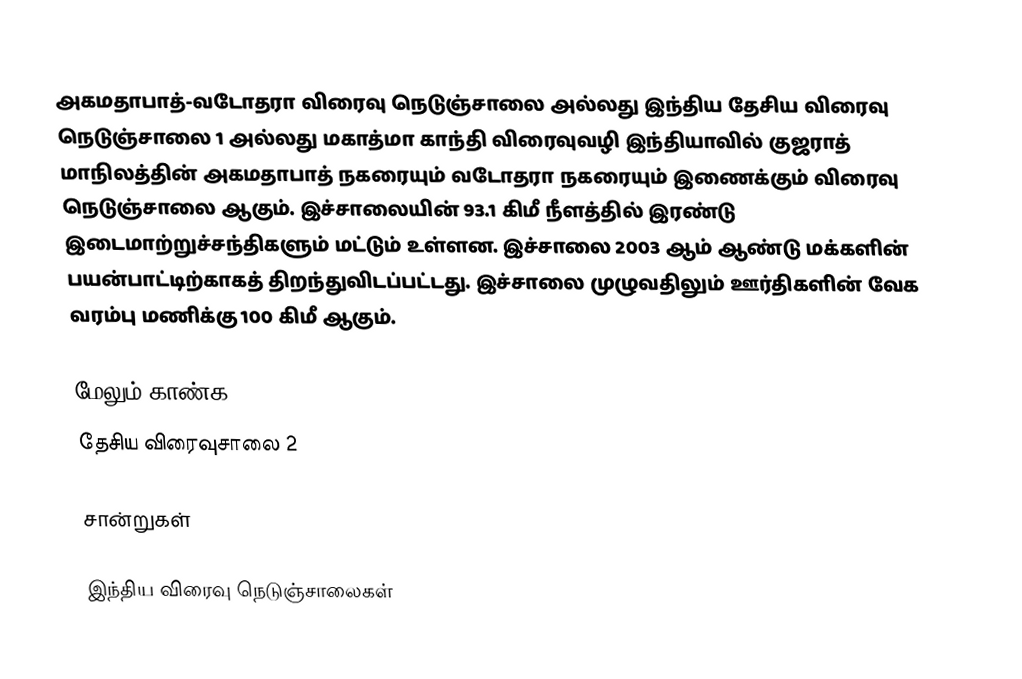
அகமதாபாத்-வடோதரா விரைவு நெடுஞ்சாலை அல்லது இந்திய தேசிய விரைவு நெடுஞ்சாலை 1 அல்லது மகாத்மா காந்தி விரைவுவழி இந்தியாவில் குஜராத் மாநிலத்தின் அகமதாபாத் நகரையும் வடோதரா நகரையும் இணைக்கும் விரைவு நெடுஞ்சாலை ஆகும். இச்சாலையின் 93.1 கிமீ நீளத்தில் இரண்டு இடைமாற்றுச்சந்திகளும் மட்டும் உள்ளன. இச்சாலை 2003 ஆம் ஆண்டு மக்களின் பயன்பாட்டிற்காகத் திறந்துவிடப்பட்டது. இச்சாலை முழுவதிலும் ஊர்திகளின் வேக வரம்பு மணிக்கு 100 கிமீ ஆகும்.

மேலும் காண்க
தேசிய விரைவுசாலை 2

சான்றுகள்

இந்திய விரைவு நெடுஞ்சாலைகள்